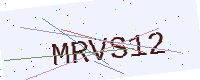
Text: MRVS12